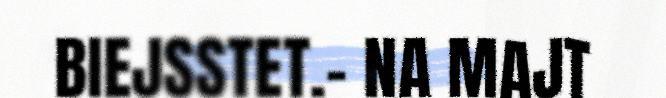
BIEJSSTET.– NA MAJT